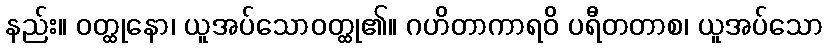
နည်း။ ဝတ္ထုနော၊ ယူအပ်သောဝတ္ထု၏။ ဂဟိတာကာရဝိ ပရီတတာစ၊ ယူအပ်သော